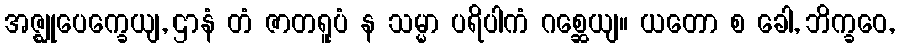
အဇ္ဈုပေက္ခေယျ, ဌာနံ တံ ဇာတရူပံ န သမ္မာ ပရိပါကံ ဂစ္ဆေယျ။ ယတော စ ခေါ, ဘိက္ခဝေ,